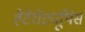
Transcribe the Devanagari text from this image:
हेटेरोट्यूथिस